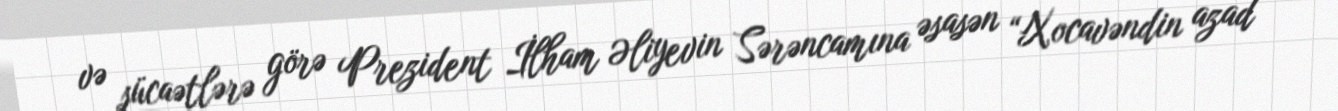
və şücaətlərə görə Prezident İlham Əliyevin Sərəncamına əsasən “Xocavəndin azad